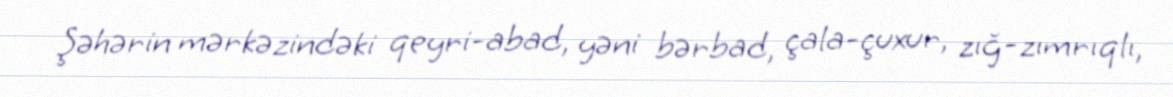
Şəhərin mərkəzindəki qeyri-abad, yəni bərbad, çala-çuxur, zığ-zımrıqlı,